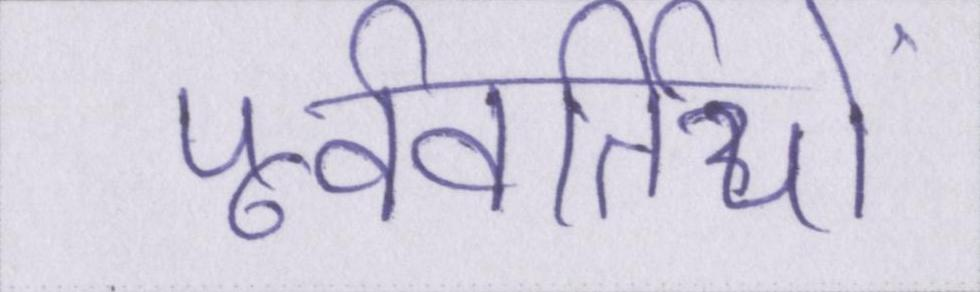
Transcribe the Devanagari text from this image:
पूर्ववर्तियों